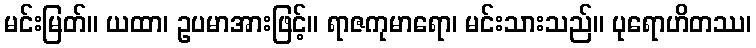
မင်းမြတ်။ ယထာ၊ ဥပမာအားဖြင့်။ ရာဇကုမာရော၊ မင်းသားသည်။ ပုရောဟိတဿ၊